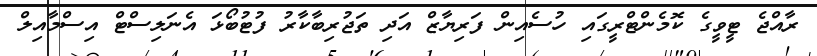
ރާއްޖެ ޓީވީގެ ކޮމެންޓްރީގައި ހުސެއިން ފަރިޔާޒް އަދި ތަޖުރިބާކާރު ފުޓުބޯޅަ އެނަލިސްޓް އިސްމާއިލް